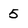
Character: 5